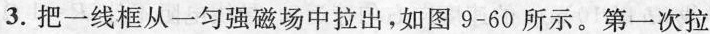
3.把一线框从一匀强磁场中拉出，如图9-60所示。第一次拉